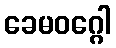
ခေမဝဂ္ဂေါ